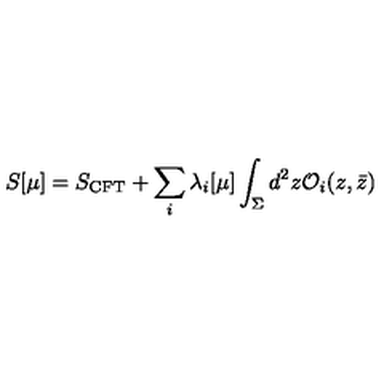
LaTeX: S [ \mu ] = S _ { \mathrm { C F T } } + \sum _ { i } \lambda _ { i } [ \mu ] \int _ { \Sigma } d ^ { 2 } z { \cal O } _ { i } ( z , \bar { z } )